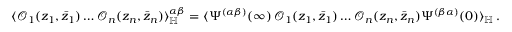
\langle \mathcal { O } _ { 1 } ( z _ { 1 } , \bar { z } _ { 1 } ) \dots \mathcal { O } _ { n } ( z _ { n } , \bar { z } _ { n } ) \rangle _ { \mathbb { H } } ^ { \alpha \beta } = \langle \Psi ^ { ( \alpha \beta ) } ( \infty ) \, \mathcal { O } _ { 1 } ( z _ { 1 } , \bar { z } _ { 1 } ) \dots \mathcal { O } _ { n } ( z _ { n } , \bar { z } _ { n } ) \Psi ^ { ( \beta \alpha ) } ( 0 ) \rangle _ { \mathbb { H } } \, .